Annual report on the lock hospitals of the Madras Presidency
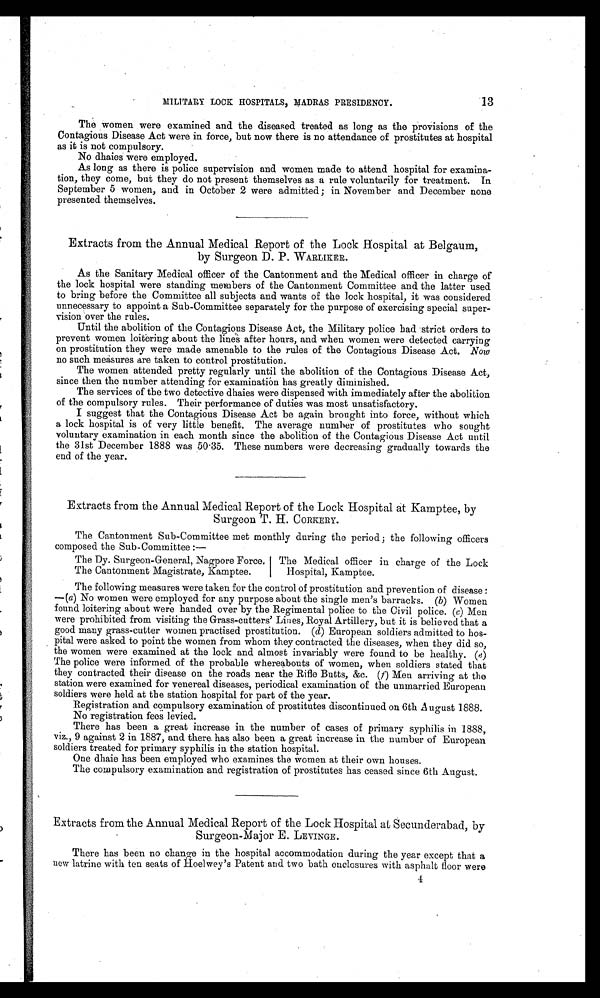
13
MILITARY. LOCK HOSPITALS, MADRAS PRESIDENCY.
The women were examined and the diseased treated as long as the provisions of the
Contagious Disease Act were in force, but now there is no attendance of prostitutes at hospital
as it is not compulsory.
No dhaies were employed.
As long as there is police supervision and women made to attend hospital for examina-
tion, they come, but they do not present themselves as a rule voluntarily for treatment. In
September 5 women, and in October 2 were admitted; in November and December none
presented themselves.
Extracts from the Annual Medical Report of the Lock Hospital at Belgaum,
by Surgeon D. P. WARLIKER.
As the Sanitary Medical officer of the Cantonment and the Medical officer in charge of
the lock hospital were standing members of the Cantonment Committee and the latter used
to bring before the Committee all subjects and wants of the lock hospital, it was considered
unnecessary to appoint a Sub-Committee separately for the purpose of exercising special super-
vision over the rules.
Until the abolition of the Contagious Disease Act, the Military police had strict orders to
prevent women loitering about the lines after hours, and when women were detected carrying
on prostitution they were made amenable to the rules of the Contagious Disease Act. Now
no such measures are taken to control prostitution.
The women attended pretty regularly until the abolition of the Contagious Disease Act,
since then the number attending for examination has greatly diminished.
The services of the two detective dhaies were dispensed with immediately after the abolition
of the compulsory rules. Their performance of duties was most unsatisfactory.
I suggest that the Contagious Disease Act be again brought into force, without which
a lock hospital is of very little benefit. The average number of prostitutes who sought
voluntary examination in each month since the abolition of the Contagious Disease Act until
the 31st December 1888 was 5035. These numbers were decreasing gradually towards the
end of the year.
Extracts from the Annual Medical Report of the Lock Hospital at Kamptee, by
Surgeon T. H. CORKERY.
The Cantonment Sub-Committee met monthly during the period; the following officers
composed the Sub-Committee:—
The Dy. Surgeon-General. Nagpore Force. I
The Cantonment Magistrate, Kamptee.
The Medical officer in charge of the Lock
Hospital. Kamptee.
The following measures were taken for the control of prostitution and prevention of disease :
—(a) No women were employed for any purpose about the single men's barracks. (b) Women
found loitering about were handed over by the Regimental police to the Civil police. (c) Men
were prohibited from visiting the Grass-cutters' Lines, Royal Artillery, but it is believed that a
good many grass-cutter women practised prostitution. (d) European soldiers admitted to hos-
pital were asked to point the women from whom they contracted the diseases, when they did so,
the women were examined at the lock and almost invariably were found to be healthy. ( e)
The police were informed of the probable whereabouts of women, when soldiers stated that
they contracted their disease on the roads near the Rifle Butts, amp;c. (f ) M e n a r r i v i n g a t t h e
station were examined for venereal diseases, periodical examination of the unmarried European
soldiers were held at the station hospital for part of the year.
Registration and compulsory examination of prostitutes discontinued on 6th August 1888.
No registration fees levied.
There has been a great increase in the number of cases of primary syphilis in 1888,
viz., 9 against 2 in 1887, and there. has also been a great increase in the number of European
soldiers treated for primary syphilis in the station hospital.
One dhaie has been employed who examines the women at their own houses.
The compulsory examination and registration of prostitutes has ceased since 6th August.
Extracts from the Annual Medical Report of the Lock Hospital at Secunderabad, by
Surgeon-Major E. LEVINGE.
There has been no change in the hospital accommodation during the year except that a
new latrine with ten seats of Hoelwey's Patent and two bath enclosures with asphalt floor were
4